Vaccination in the Punjab 1883-1896 - 1883-1896
Year: 1883
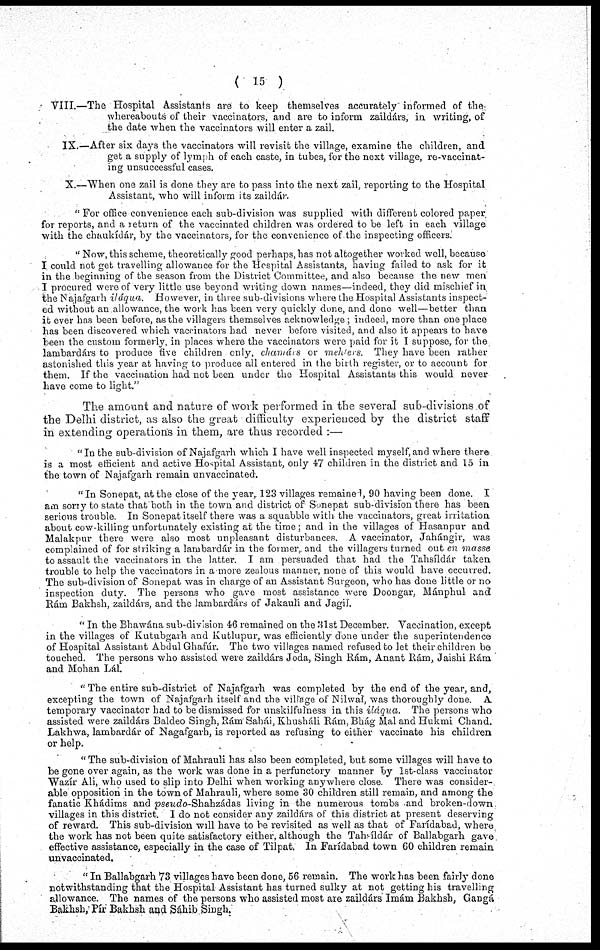
( 15 )
VIII.—The Hospital Assistants are to keep themselves accurately informed of the
whereabouts of their vaccinators, and are to inform zaildárs, in writing, of
the date when the vaccinators will enter a zail.
IX.—After six days the vaccinators will revisit the village, examine the children, and
get a supply of lymph of each caste, in tubes, for the next village, re-vaccinat-
ing unsuccessful cases.
X.—When one zail is done they are to pass into the next zail, reporting to the Hospital
Assistant, who will inform its zaildár.
" For office convenience each sub-division was supplied with different colored paper
for reports, and a return of the vaccinated children was ordered to be left in each village
with the chaukidár, by the vaccinators, for the convenience of the inspecting officers.
" Now, this scheme, theoretically good perhaps, has not altogether worked well, because
I could not get travelling allowance for the Hospital Assistants, having failed to ask for it
in the beginning of the season from the District Committee, and also because the new men
I procured were of very little use beyond writing down names—indeed, they did mischief in
the Najafgarh iláqua. However, in three sub-divisions where the Hospital Assistants inspect-
ed without an allowance, the work has been very quickly done, and done well—better than
it ever has been before, as the villagers themselves acknowledge; indeed, more than one place
has been discovered which vaccinators had never before visited, and also it appears to have
been the custom formerly, in places where the vaccinators were paid for it I suppose, for the
lambardárs to produce five children only, chcmárs or melders. They have been rather
astonished this year at having to produce all entered in the birth register, or to account for
them. If the vaccination had not been under the Hospital Assistants this would never
have come to light."
The amount and nature of work performed in the several sub-divisions of
the Delhi district, as also the great difficulty experienced by the district staff
in extending operations in them, are thus recorded :—
"In the sub-division of Najafgarh which I have well inspected myself, and where there
is a most efficient and active Hospital Assistant, only 47 children in the district and 15 in
the town of Najafgarh remain unvaccinated.
" In Sonepat, at the close of the year, 123 villages remaine 1, 90 having been done. I
am sorry to state that both in the town and district of Sonepat sub-division there has been
serious trouble. In Sonepat itself there was a squabble with the vaccinators, great irritation
about cow-killing unfortunately existing at the time; and in the villages of Hasanpur and
Malakpur there were also most unpleasant disturbances. A vaccinator, Jahángir, was
complained of for striking a lambardár in the former, and the villagers turned out en masse
to assault the vaccinators in the latter. I am persuaded that had the Tahsíldár taken
trouble to help the vaccinators in a more zealous manner, none of this would have occurred.
The sub-division of Sonepat was in charge of an Assistant Surgeon, who has done little or no
inspection duty. The persons who gave most assistance were Doongar, Mánphul and
Rám Bakhsh, zaildárs, and the lambardárs of Jakauli and Jagil.
" In the Bhawána sub-division 46 remained on the 31st December. Vaccination, except
in the villages of Kutubgarh and Kutlupur, was efficiently done under the superintendence
of Hospital Assistant Abdul Ghafúr. The two villages named refused to let their children be
touched. The persons who assisted were zaildárs Joda, Singh Rám, Anant Rám, Jaishi Rám
and Mohan Lál.
" The entire sub-district of Najafgarh was completed by the end of the year, and,
excepting the town of Najafgarh itself and the village of Nilwal, was thoroughly done. A
temporary vaccinator had to be dismissed for unskilfulness in this iláqua. The persons who
assisted were zaildárs Baldeo Singh, Rám Sahái, Khusháli Rám,Bhág Mal and Hukmi Chand.
Lakhwa, lambardár of Nagafgarh, is reported as refusing to either vaccinate his children
or help.
"The sub-division of Mahrauli has also been completed, but some villages will have to
be gone over again, as the work was done in a perfunctory manner by 1st-class vaccinator
Wazír Ali, who used to slip into Delhi when working any where close. There was consider-
able opposition in the town of Mahrauli, where some 30 children still remain, and among the
fanatic Khádims and pseudo-Shahzádas living in the numerous tombs and broken-down
villages in this district. I do not consider any zaildárs of this district at present deserving
of reward. This sub-division will have to be revisited as well as that of Farídabad, where
the work has not been quite satisfactory either, although the Tahsíldár of Ballabgarh gave
effective assistance, especially in the case of Tìlpat. In Farídabad town 60 children remain
unvaccinated.
" In Ballabgarh 73 villages have been done, 56 remain. The work has been fairly done
notwithstanding that the Hospital Assistant has turned sulky at not getting his travelling
allowance. The names of the persons who assisted most are zaildárs Imám Bakhsh, Gangá
Bakhsb, Pír Bakhsh and Sáhib Singh.